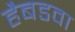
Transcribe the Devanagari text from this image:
हैबडवा